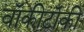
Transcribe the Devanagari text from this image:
वॉकीटॉकी